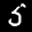
Label: 5